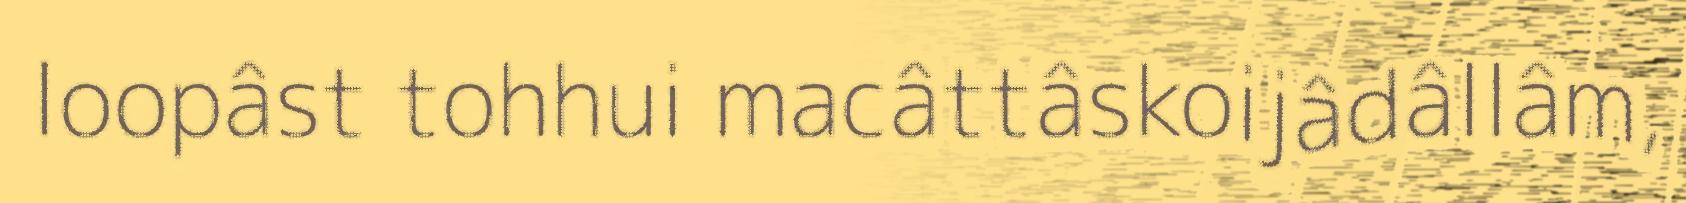
loopâst tohhui macâttâskoijâdâllâm,